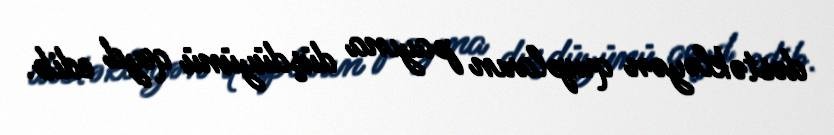
dəstəkləyən qrupların payına düşdüyünü qeyd edib.